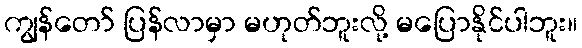
ကျွန်တော် ပြန်လာမှာ မဟုတ်ဘူးလို့ မပြောနိုင်ပါဘူး။